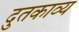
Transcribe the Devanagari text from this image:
दुतकाव्य